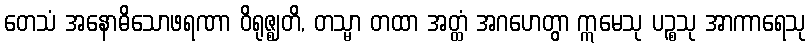
တေသံ အနောဓိသောဖရဏာ ဝိရုဇ္ဈတိ, တသ္မာ တထာ အတ္ထံ အဂဟေတွာ ဣမေသု ပဉ္စသု အာကာရေသု